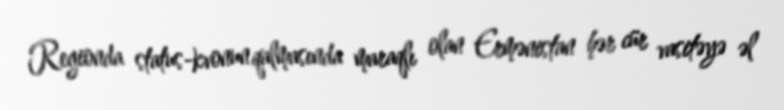
Regionda status-kvonun qalmasında maraqlı olan Ermənistan hər cür vasitəyə əl